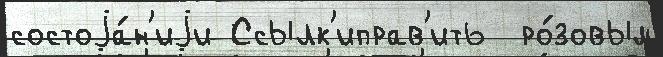
состоjа́н'иjи Ссылк'иправ'ить  ро́зовым